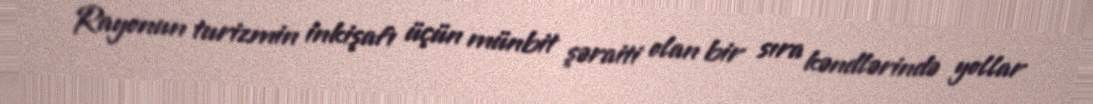
Rayonun turizmin inkişafı üçün münbit şəraiti olan bir sıra kəndlərində yollar